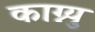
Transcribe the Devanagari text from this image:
काग्न्यु